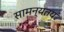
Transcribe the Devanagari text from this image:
सामन्यतय